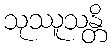
သုဿူသန္တိ